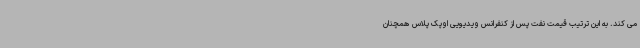
می کند. به این ترتیب قیمت نفت پس از کنفرانس ویدیویی اوپک پلاس همچنان